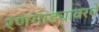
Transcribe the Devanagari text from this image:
रणगाड्यावरचे